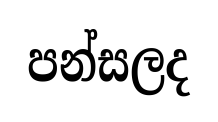
පන්සලද